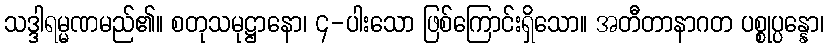
သဒ္ဒါရမ္မဏမည်၏။ စတုသမုဋ္ဌာနော၊ ၄-ပါးသော ဖြစ်ကြောင်းရှိသော။ အတီတာနာဂတ ပစ္စုပ္ပန္နော၊